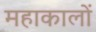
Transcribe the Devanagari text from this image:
महाकालों